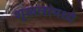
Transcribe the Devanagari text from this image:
शृखलांमध्ये